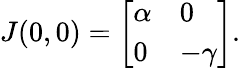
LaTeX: J(0,0)={\left[\begin{array}{ll}{\alpha}&{0}\\ {0}&{-\gamma}\end{array}\right]}.